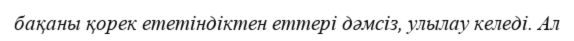
бақаны қорек ететіндіктен еттері дәмсіз, улылау келеді. Ал